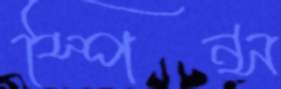
স্পিন্স